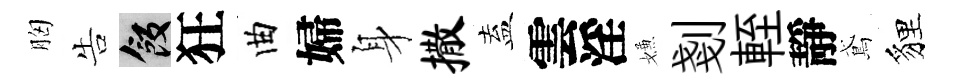
胸告飯狂曲婦身撒盍雲淫嫌剗輊靜鳶貍